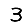
Digit: 3